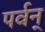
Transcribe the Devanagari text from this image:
पर्वन्